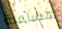
مساعدة